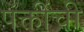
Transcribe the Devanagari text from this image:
पंक्तींची